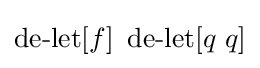
\operatorname {de-let} [f]\ \operatorname {de-let} [q\ q]